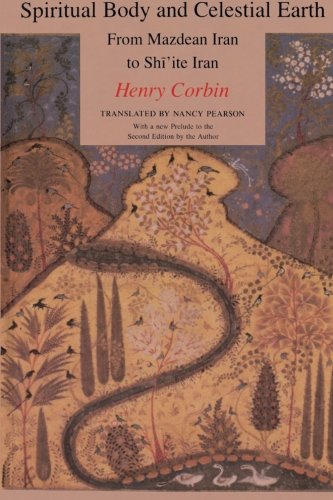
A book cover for Spiritual Body and Celestial Earth; Henry Corbin; Religion & Spirituality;